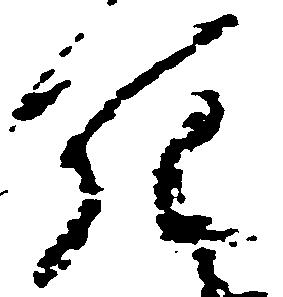
死